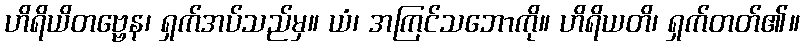
ဟိရိယိတဗ္ဗေန၊ ရှက်အပ်သည်မှ။ ယံ၊ အကြင်သဘောကို။ ဟိရိယတိ၊ ရှက်တတ်၏။